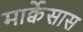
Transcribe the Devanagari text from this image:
मार्क्वेसास